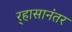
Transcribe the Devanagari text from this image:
र्‍हासानंतर